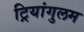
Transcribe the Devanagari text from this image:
ट्रियांगुलम